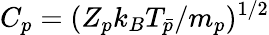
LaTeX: C_{p}=(Z_{p}k_{B}T_{\bar{p}}/m_{p})^{1/2}